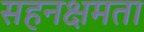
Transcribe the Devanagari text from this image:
सहनक्षमता